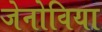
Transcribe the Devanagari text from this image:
जेनोविया